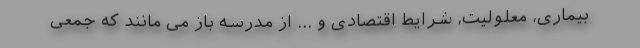
بیماری، معلولیت، شرایط اقتصادی و ... از مدرسه باز می مانند که جمعی